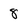
Character: 8